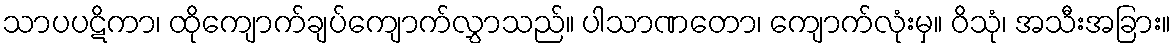
သာပပဋိကာ၊ ထိုကျောက်ချပ်ကျောက်လွှာသည်။ ပါသာဏတော၊ ကျောက်လုံးမှ။ ဝိသုံ၊ အသီးအခြား။